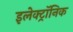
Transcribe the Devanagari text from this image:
इलेक्‍ट्रॉनिक